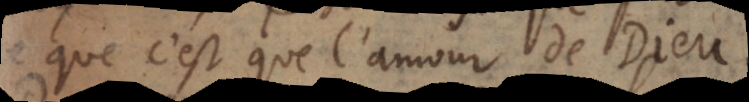
que c’est que l’amour de Dieu.